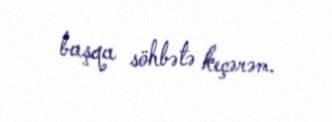
başqa söhbətə keçərəm.